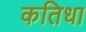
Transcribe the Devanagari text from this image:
कतिधा